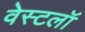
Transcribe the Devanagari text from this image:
वेस्टलॉ